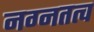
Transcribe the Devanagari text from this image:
नग्नतत्व